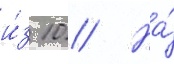
и́з 10 // На́